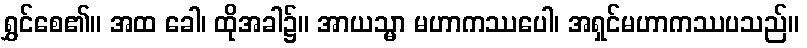
ရွှင်စေ၏။ အထ ခေါ၊ ထိုအခါ၌။ အာယသ္မာ မဟာကဿပေါ၊ အရှင်မဟာကဿပသည်။